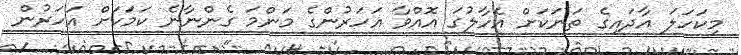
މިކަހަލަ އާދައިގެ ތަނަކަށް އެހާލުގަ އޮއްވާ އަހަރުންގެ މަންމަ ގެންނާނެ ކަމަކަށް އަހަރުން